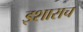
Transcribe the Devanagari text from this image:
इशाराच